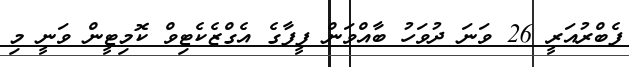
ފެބްރުއަރީ 26 ވަނަ ދުވަހު ބާއްވަން ފީފާގެ އެގްޒެކެޓިވް ކޮމިޓީން ވަނީ މި